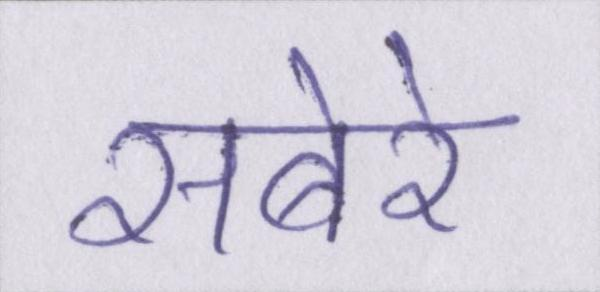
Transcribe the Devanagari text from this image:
सबेरे